Indian journal of veterinary science and animal husbandry - Volumes 24-25, 1954-1955
Year: 1954
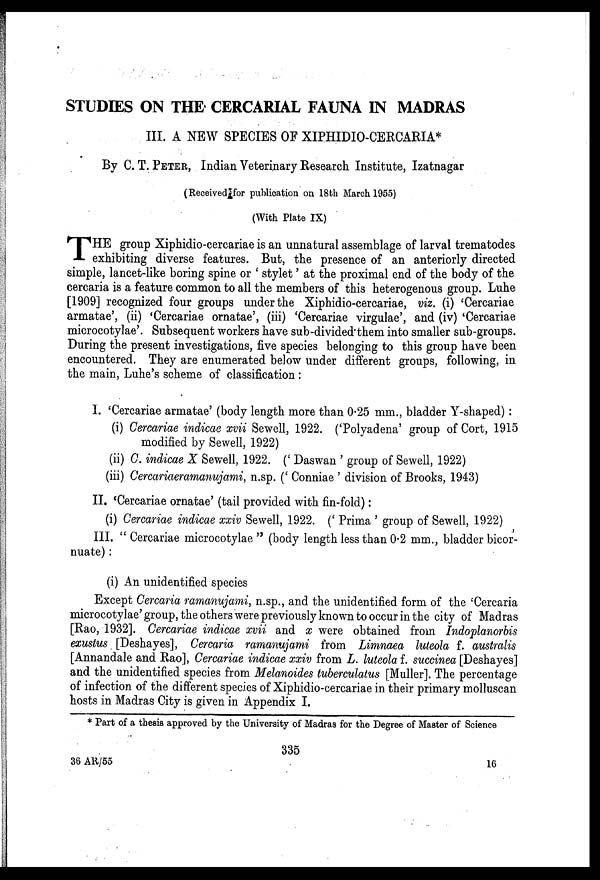
STUDIES ON THE CERCARIAL FAUNA IN MADRAS
III. A NEW SPECIES OF XIPHIDIO-CERCARIA*
By C. T. PETER, Indian Veterinary Research Institute, Izatnagar
(Received for publication on 18th March 1955)
(With Plate IX)
T HE group Xiphidio-cercariae is an unnatural assemblage of larval trematodes
exhibiting diverse features. But, the presence of an anteriorly directed
simple, lancet-like boring spine or ' stylet ' at the proximal end of the body of the
cercaria is a feature common to all the members of this heterogenous group. Luhe
[1909] recognized four groups under the Xiphidio-cercariae, viz. (i) 'Cercariae
armatae', (ii) 'Cercariae ornatae', (iii) 'Cercariae virgulae', and (iv) 'Cercariae
microcotylae'. Subsequent workers have sub-divided them into smaller sub-groups.
During the present investigations, five species belonging to this group have been
encountered. They are enumerated below under different groups, following, in
the main, Luhe's scheme of classification :
I. 'Cercariae armatae' (body length more than 0.25 mm., bladder Y-shaped) :
(i) Cercariae indicae xvii Sewell, 1922. ('Polyadena' group of Cort, 1915
modified by Sewell, 1922)
(ii) C. indicae X Sewell, 1922. (' Daswan ' group of Sewell, 1922)
(iii) Cercariaeramanujami, n.sp. (' Conniae ' division of Brooks, 1943)
II. 'Cercariae ornatae' (tail provided with fin-fold):
(i) Cercariae indicae xxiv Sewell, 1922. (' Prima ' group of Sewell, 1922)
III. " Cercariae microcotylae " (body length less than 0.2 mm., bladder bicor-
nuate) :
(i) An unidentified species
Except Cercaria ramanujami, n.sp., and the unidentified form of the 'Cercaria
microcotylae' group, the others were previously known to occur in the city of Madras
[Rao, 1932]. Cercariae indicae xvii and x were obtained from Indoplanorbis
exustus [Deshayes], Cercaria ramanujami from Limnaea luteola f. australis
[Annandale and Rao], Cercariae indicae xxiv from L. luteola f. succinea [Deshayes]
and the unidentified species from Melanoides tuberculatus [Muller]. The percentage
of infection of the different species of Xiphidio-cercariae in their primary molluscan
hosts in Madras City is given in Appendix I.
* Part of a thesis approved by the University of Madras for the Degree of Master of Science
335
36 AR/55
16